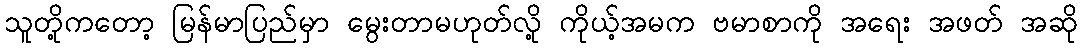
သူတို့ကတော့ မြန်မာပြည်မှာ မွေးတာမဟုတ်လို့ ကိုယ့်အမက ဗမာစာကို အရေး အဖတ် အဆို